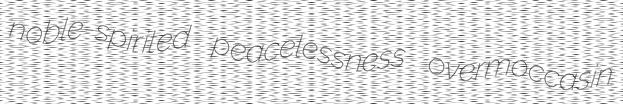
noble-spirited peacelessness overmoccasin